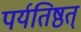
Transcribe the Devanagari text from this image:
पर्यतिष्ठत्